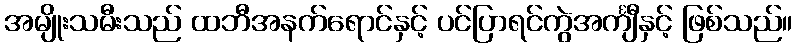
အမျိုးသမီးသည် ထဘီအနက်ရောင်နှင့် ပင်ပြာရင်ကွဲအင်္ကျီနှင့် ဖြစ်သည်။